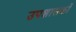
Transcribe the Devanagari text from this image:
उपशासकों